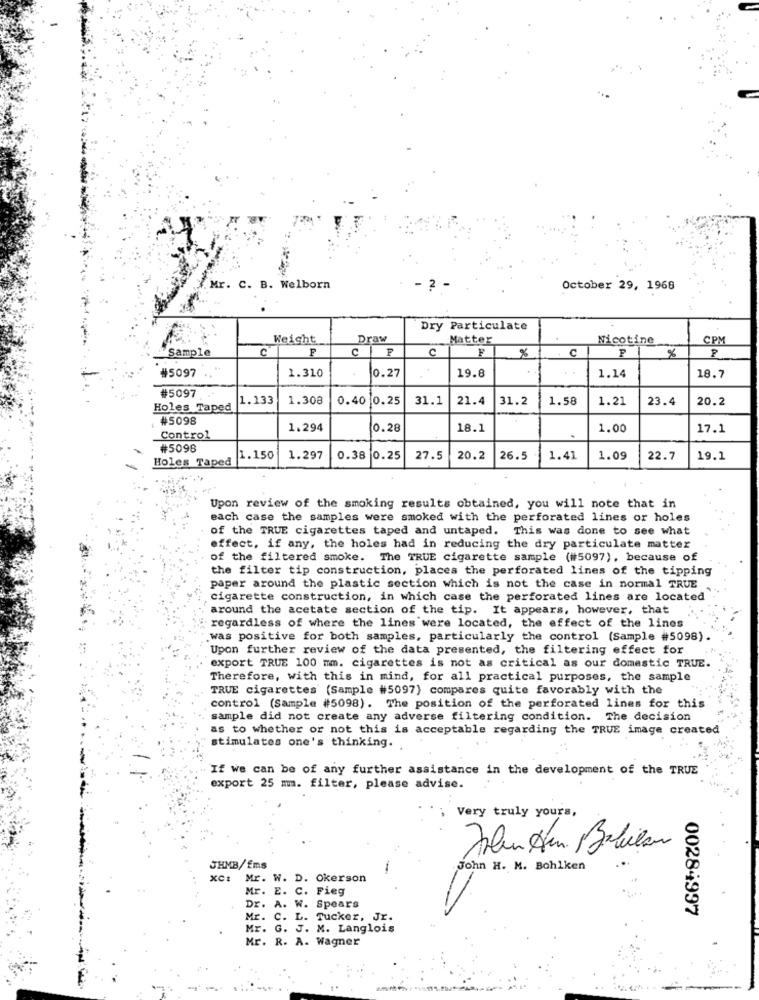
Mr. C. B. Welborn
2
October 29, 1968
Dry Particulate
Weight
Draw
Matter
Nicotine
CPM
Sample
C
P
C |F
C
C
P
%
%
#5097
1.310
19.8
0.27
1.14
18.7
#5097
1.133
1.308
0.40 0.25
31.1
21.4
31.2
1.58
1.21
23.4
20.2
Holes Taped
₦5098
1.294
0.28
18.1
1.00
17.1
Control
#5098
Holes Taped
1.150
1.297
0.38 0.25
27.5
20.2
26.5
1.41
1.09
22.7
19.1
Upon review of the smoking results obtained, you will note that in
each case the samples were smoked with the perforated lines or holes
of the TRUE cigarettes taped and untaped. This was done to see what
effect, if any, the holes had in reducing the dry particulate matter
of the filtered smoke. The TRUE cigarette sample (#5097), because of
the filter tip construction, places the perforated lines of the tipping
paper around the plastic section which is not the case in normal TRUE
cigarette construction, in which case the perforated lines are located
around the acetate section of the tip. It appears, however, that
regardless of where the lines were located, the effect of the lines
was positive for both samples, particularly the control (Sample #5098).
Upon further review of the data presented, the filtering effect for
export TRUE 100 mm. cigarettes is not as critical as our domestic TRUE.
Therefore, with this in mind, for all practical purposes, the sample
TRUE cigarettes (Sample #5097) compares quite favorably with the
control (Sample #5098). The position of the perforated lines for this
sample did not create any adverse filtering condition. The decision
as to whether or not this is acceptable regarding the TRUE image created
stimulates one's thinking.
If we can be of any further assistance in the development of the TRUE
export 25 mm. filter, please advise.
Very truly yours,
JHMB/Ems
John H. M. Bohlken
XC:
Mr. W. D. Okerson
Mr. E. C. Fieg
Dr. A. W. Spears
00284997
Mr. C. L. Tucker, Jr.
Mr. G. J. M. Langlois
Mr. R. A. Wagner